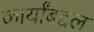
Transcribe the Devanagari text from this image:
कार्यांबद्दल